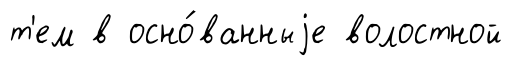
т'ем в осно́ванныjе волостной